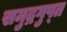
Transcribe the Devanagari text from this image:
समुद्रगुप्‍त